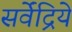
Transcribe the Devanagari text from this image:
सर्वेंद्रिये